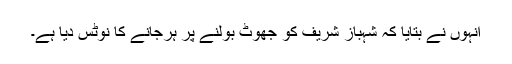
انہوں نے بتایا کہ شہباز شریف کو جھوٹ بولنے پر ہرجانے کا نوٹس دیا ہے۔